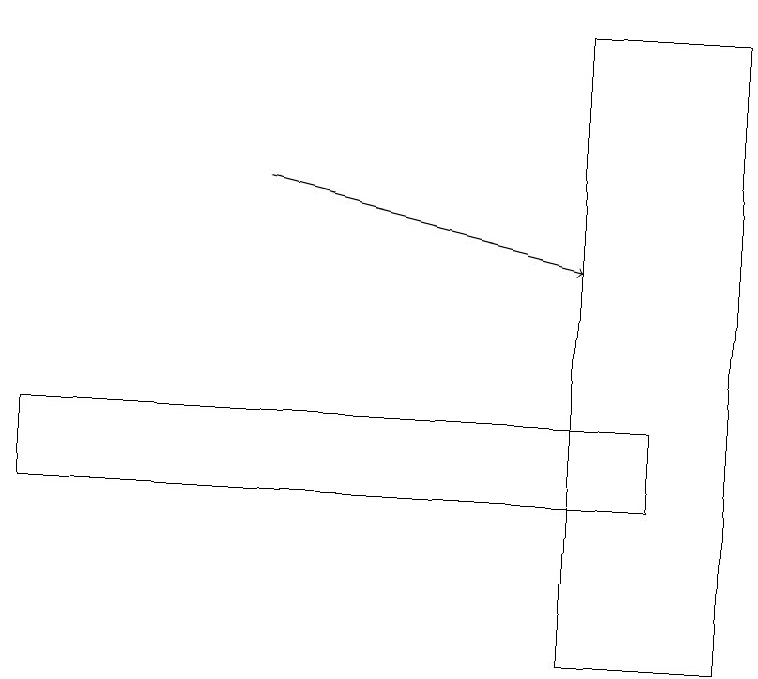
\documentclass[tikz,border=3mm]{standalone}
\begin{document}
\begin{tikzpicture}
\draw (0,14) rectangle (8,13);
\draw[->] (3,17) -- (7,16);
\draw (7,11) rectangle (9,19);
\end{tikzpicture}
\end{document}